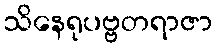
သိနေရုပဗ္ဗတရာဇာ